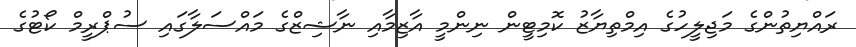
ރައްޔިތުންގެ މަޖިލީހުގެ އިމްތިޔާޒު ކޮމިޓީން ނިންމީ އާޒިމާއި ނާޝިޒްގެ މައްސަލާގައި ސުޕްރީމް ކޯޓުގެ